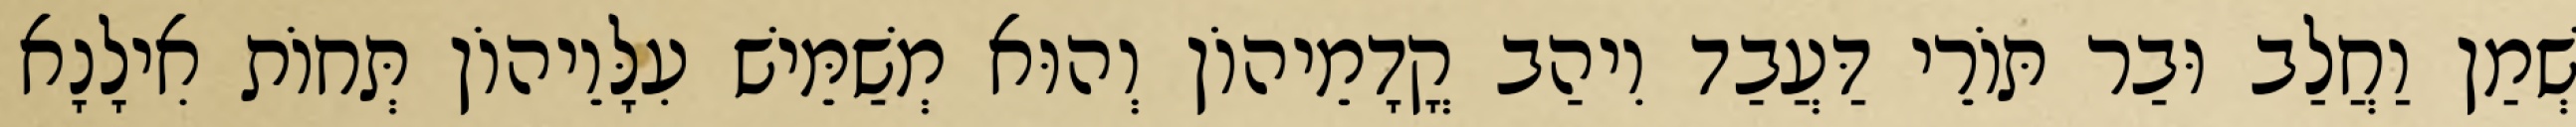
שְׁמַן וַחֲלַב וּבַר תּוֹרֵי דַּעֲבַד וִיהַב קֳדָמֵיהוֹן וְהוּא מְשַׁמֵּישׁ עִלָּוֵיהוֹן תְּחוֹת אִילָנָא